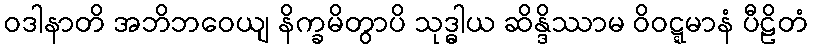
ဝဒါနာတိ အဘိဘဝေယျ နိက္ခမိတွာပိ သုဒ္ဓါယ ဆိန္ဒိဿာမ ဝိဝဋ္ဋမာနံ ပီဠိတံ